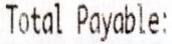
TOTAL PAYABLE: